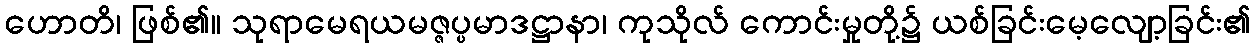
ဟောတိ၊ ဖြစ်၏။ သုရာမေရယမဇ္ဇပ္ပမာဒဋ္ဌာနာ၊ ကုသိုလ် ကောင်းမှုတို့၌ ယစ်ခြင်းမေ့လျော့ခြင်း၏